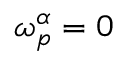
\omega _ { p } ^ { \alpha } = 0